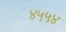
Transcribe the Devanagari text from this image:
४५५४